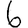
Digit: 6